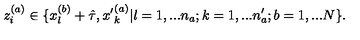
z _ { i } ^ { ( a ) } \in \{ x _ { l } ^ { ( b ) } + \hat { \tau } , { x ^ { \prime } } _ { k } ^ { ( a ) } | l = 1 , . . . n _ { a } ; k = 1 , . . . n _ { a } ^ { \prime } ; b = 1 , . . . N \} .